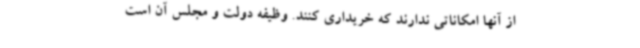
از آنها امکاناتی ندارند که خریداری کنند. وظیفه دولت و مجلس آن است